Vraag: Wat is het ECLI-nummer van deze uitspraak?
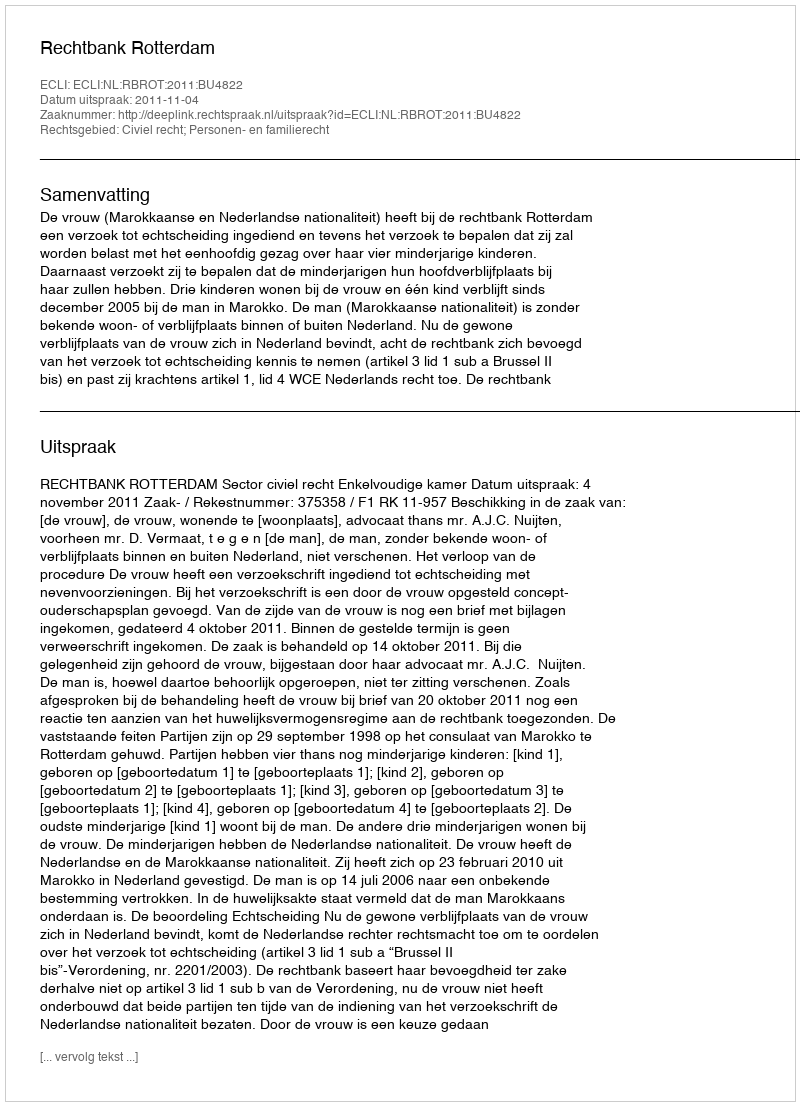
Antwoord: ECLI:NL:RBROT:2011:BU4822